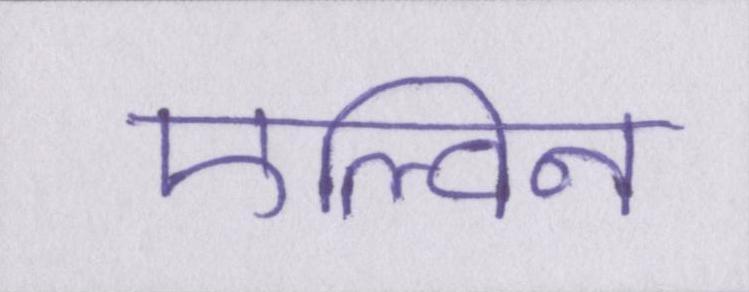
एल्विन